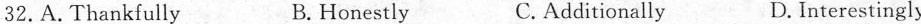
32.A. Thankfully B. Honestly C. Additionally D. Interestingly